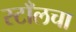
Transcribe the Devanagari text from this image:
स्टाँलचा